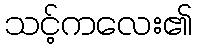
သင့်ကလေး၏